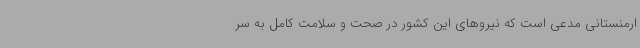
ارمنستانی مدعی است که نیروهای این کشور در صحت و سلامت کامل به سر